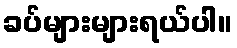
ခပ်များများရယ်ပါ။